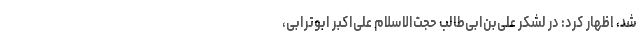
شد، اظهار کرد: در لشکر علی‌بن‌ابی‌طالب حجت‌الاسلام علی‌اکبر ابوترابی،